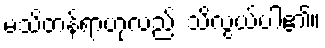
မသိတန်ရာဟုလည်း သိလွယ်ပါ၏။